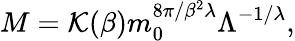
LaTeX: M={\cal K}(\beta)m_{0}^{{8\pi}/{\beta^{2}\lambda}}\Lambda^{-{1}/{\lambda}},